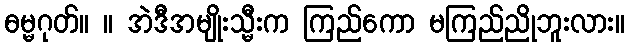
ဓမ္မဂုတ်။ ။ အဲဒီအမျိုးသ္မီးက ကြည်ကော မကြည်ညိုဘူးလား။